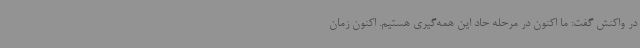
در واکنش گفت: ما اکنون در مرحله حاد این همه‌گیری هستیم. اکنون زمان